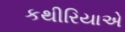
કથીરિયાએ